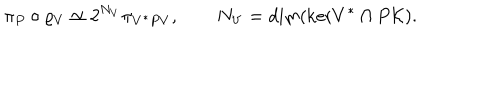
LaTeX: \pi _ { P } \circ \varrho _ { V } \simeq 2 ^ { N _ { V } } \pi _ { V ^ { * } P V } , \qquad N _ { V } = \mathrm { d i m } ( \mathrm { k e r } V ^ { * } \cap P { \cal K } ) .